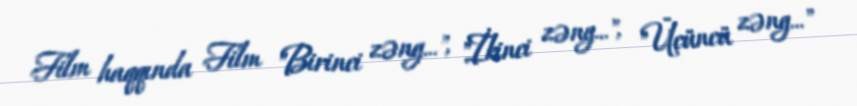
Film haqqında Film "Birinci zəng...", "İkinci zəng...", "Üçüncü zəng..."